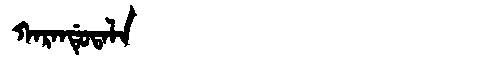
Manchu: ᡴᠠᡵᠠᠨᡩᡠᡨᠠᠯᠠ
Romanization: KARANDUTALA